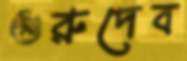
গুরুদেব